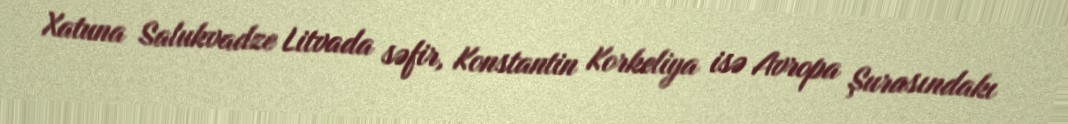
Xatuna Salukvadze Litvada səfir, Konstantin Korkeliya isə Avropa Şurasındakı